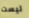
ليست